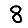
Digit: 8